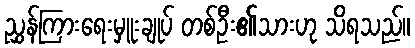
ညွှန်ကြားရေးမှူးချုပ် တစ်ဦး၏သားဟု သိရသည်။